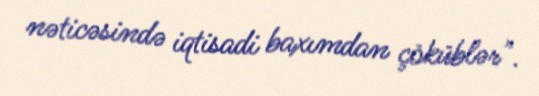
nəticəsində iqtisadi baxımdan çöküblər".